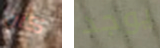
كان يوجد